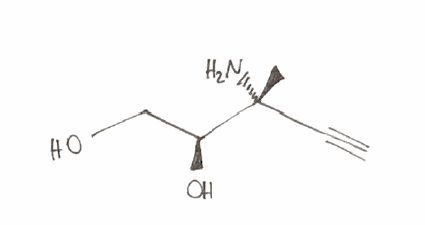
Simplified molecular-input line-entry system (SMILES) notation of the given molecule:
C[C@@](C#C)([C@H](CO)O)N